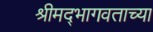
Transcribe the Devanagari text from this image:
श्रीमद्‍भागवताच्या